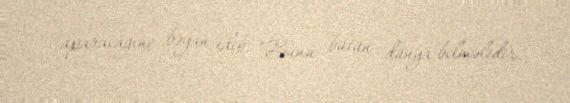
aparacağını bəyan edib: “Bunu bütün dünya bilməlidir.